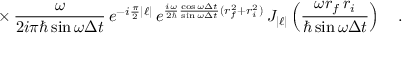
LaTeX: \times \, \frac { \omega } { 2 i \pi \hbar \sin \omega \Delta t } \, e ^ { - i \frac { \pi } { 2 } | \ell | } \, e ^ { \frac { i \omega } { 2 \hbar } \frac { \cos \omega \Delta t } { \sin \omega \Delta t } ( r _ { f } ^ { 2 } + r _ { i } ^ { 2 } ) } \, J _ { | \ell | } \left( \frac { \omega r _ { f } \, r _ { i } } { \hbar \sin \omega \Delta t } \right) \ \ \ .